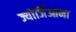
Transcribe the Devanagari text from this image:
ज्योर्जिआना